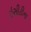
ઇસીટીના